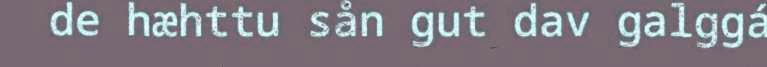
de hæhttu sån gut dav galggá